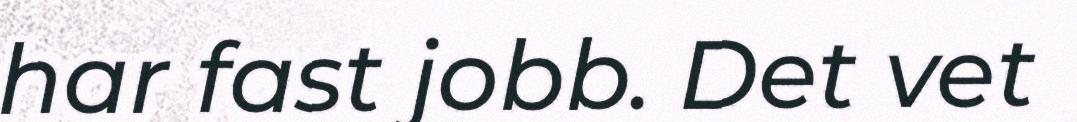
har fast jobb. Det vet